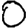
Digit: 0